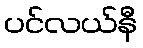
ပင်လယ်နီ